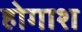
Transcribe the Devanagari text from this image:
होगाश